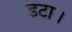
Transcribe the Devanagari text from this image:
डटा।